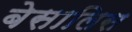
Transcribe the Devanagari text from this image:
बेसालिस